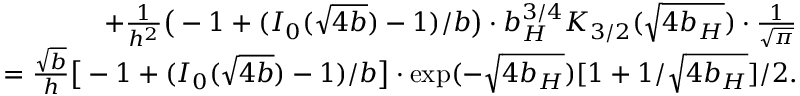
\begin{array} { r l r } & { } & { + { \frac { 1 } { h ^ { 2 } } } \big ( - 1 + ( I _ { 0 } ( \sqrt { 4 b } ) - 1 ) / b \big ) \cdot b _ { H } ^ { 3 / 4 } K _ { 3 / 2 } ( \sqrt { 4 b _ { H } } ) \cdot { \frac { 1 } { \sqrt { \pi } } } } \\ & { } & { = { \frac { \sqrt { b } } { h } } \big [ - 1 + ( I _ { 0 } ( \sqrt { 4 b } ) - 1 ) / b \big ] \cdot \exp ( - \sqrt { 4 b _ { H } } ) [ 1 + 1 / \sqrt { 4 b _ { H } } ] / 2 . } \end{array}